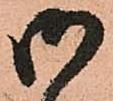
御